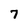
Character: 7